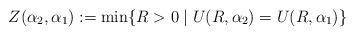
LaTeX: \begin{align*} Z(\alpha_2,\alpha_1):= \min \{R>0 \mid U(R,\alpha_2)=U(R,\alpha_1)\} \end{align*}